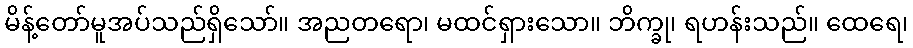
မိန့်တော်မူအပ်သည်ရှိသော်။ အညတရော၊ မထင်ရှားသော။ ဘိက္ခု၊ ရဟန်းသည်။ ထေရေ၊